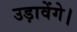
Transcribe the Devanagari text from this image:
उड़ावेंगे।